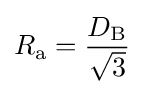
{R_{\text{a}}}={\frac {D_{\text{B}}}{\sqrt {3}}}